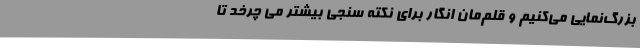
بزرگ‌نمایی می‌کنیم و قلم‌مان انگار برای نکته سنجی بیشتر می چرخد تا